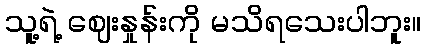
သူ့ရဲ့ ဈေးနှုန်းကို မသိရသေးပါဘူး။